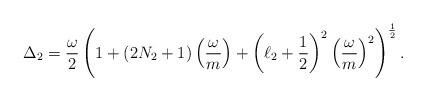
LaTeX: \begin{align*}\Delta_2 = {\omega\over 2 }\left( 1 + (2N_2 + 1) \left({\omega\over m}\right) +\left(\ell_2 + {1\over 2}\right)^2 \left( {\omega \over m} \right)^2\right)^{{1\over 2}} .\end{align*}